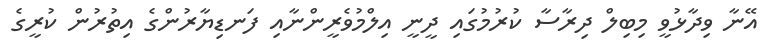
އޭނާ ވިދާޅުވީ މިބިލް ދިރާސާ ކުރުމުގައި ދީނީ އިލްމުވެރީންނާއި ފަނޑިޔާރުންގެ އިތުރުން ކުރީގެ